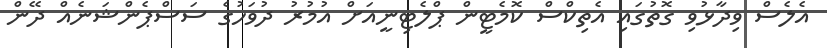
އެލެސް ވިދާޅުވި ގޮތުގައި އެތިކްސް ކޮމެޓީން ޕްލެޓިނީއަށް އުމުރު ދުވަހުގެ ސަސްޕެންޝަނެއް ދޭން